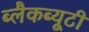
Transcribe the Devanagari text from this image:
ब्लैकब्यूटी